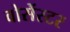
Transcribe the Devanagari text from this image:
वोसेंस्टर